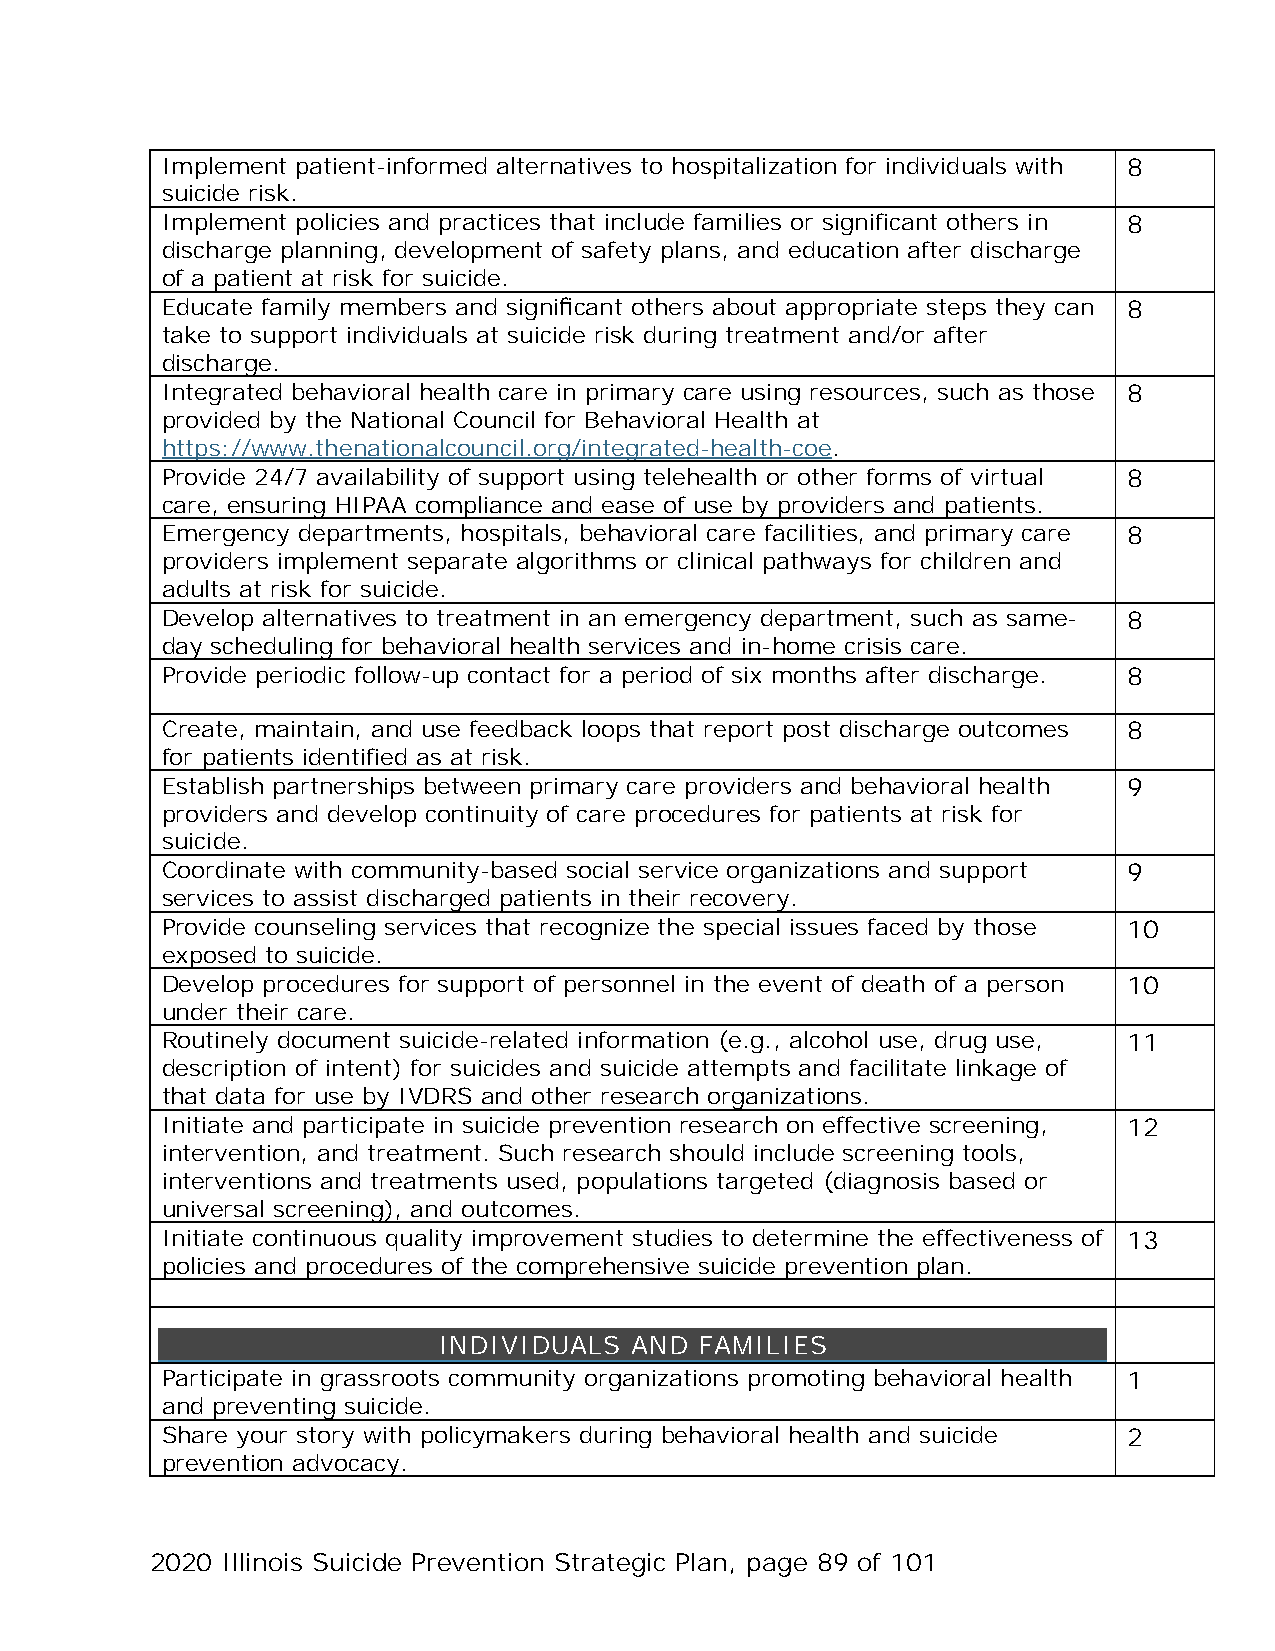
Implement patient-informed alternatives to hospitalization for individuals with 8
 suicide risk.
 Implement policies and practices that include families or significant others in 8
 discharge planning, development of safety plans, and education after discharge
 of a patient at risk for suicide.
 Educate family members and significant others about appropriate steps they can 8
 take to support individuals at suicide risk during treatment and/or after
 discharge.
 Integrated behavioral health care in primary care using resources, such as those 8
 provided by the National Council for Behavioral Health at
 https://www.thenationalcouncil.org/integrated-health-coe.
 Provide 24/7 availability of support using telehealth or other forms of virtual 8
 care, ensuring HIPAA compliance and ease of use by providers and patients.
 Emergency departments, hospitals, behavioral care facilities, and primary care 8
 providers implement separate algorithms or clinical pathways for children and
 adults at risk for suicide.
 Develop alternatives to treatment in an emergency department, such as same- 8
 day scheduling for behavioral health services and in-home crisis care.
 Provide periodic follow-up contact for a period of six months after discharge. 8
 Create, maintain, and use feedback loops that report post discharge outcomes 8
 for patients identified as at risk.
 Establish partnerships between primary care providers and behavioral health 9
 providers and develop continuity of care procedures for patients at risk for
 suicide.
 Coordinate with community-based social service organizations and support 9
 services to assist discharged patients in their recovery.
 Provide counseling services that recognize the special issues faced by those 10
 exposed to suicide.
 Develop procedures for support of personnel in the event of death of a person 10
 under their care.
 Routinely document suicide-related information (e.g., alcohol use, drug use, 11
 description of intent) for suicides and suicide attempts and facilitate linkage of
 that data for use by IVDRS and other research organizations.
 Initiate and participate in suicide prevention research on effective screening, 12
 intervention, and treatment. Such research should include screening tools,
 interventions and treatments used, populations targeted (diagnosis based or
 universal screening), and outcomes.
 Initiate continuous quality improvement studies to determine the effectiveness of 13
 p olicies and procedures of the comprehensive suicide prevention plan.
 INDIVIDUALS  AND FAMILIES
 Participate in grassroots community organizations promoting behavioral health 1
 and preventing suicide.
 Share your story with policymakers during behavioral health and suicide 2
 prevention advocacy.
 2020 Illinois Suicide Prevention Strategic Plan, page 89 of 101